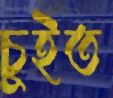
চুইত